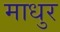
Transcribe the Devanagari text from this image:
माधुर